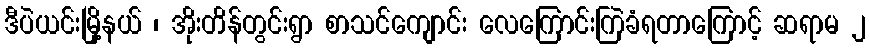
ဒီပဲယင်းမြို့နယ် ၊ အိုးတိန်တွင်းရွာ စာသင်ကျောင်း လေကြောင်းကြဲခံရတာကြောင့် ဆရာမ ၂